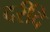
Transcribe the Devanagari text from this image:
दरींदे